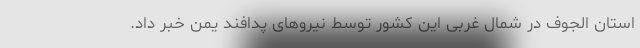
استان الجوف در شمال غربی این کشور توسط نیروهای پدافند یمن خبر داد.